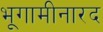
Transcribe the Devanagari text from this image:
भूगामीनारद